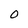
Character: 0